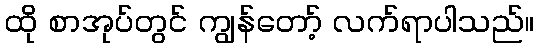
ထို စာအုပ်တွင် ကျွန်တော့် လက်ရာပါသည်။